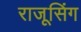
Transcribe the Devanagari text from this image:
राजूसिंग